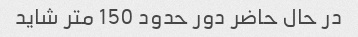
در حال حاضر دور حدود 150 متر شاید